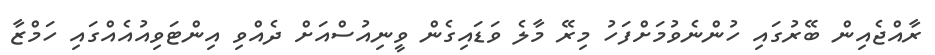
ރާއްޖެއިން ބޭރުގައި ހުންނެވުމަށްފަހު މިރޭ މާލެ ވަޑައިގެން ވީނިއުސްއަށް ދެއްވި އިންޓަވިއުއެއްގައި ހަމްޒާ